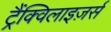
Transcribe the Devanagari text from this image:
ट्रैंक्विलाइज़र्स